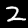
Digit: 2